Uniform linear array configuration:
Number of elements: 12
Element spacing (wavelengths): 1
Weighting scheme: uniform
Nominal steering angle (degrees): -15
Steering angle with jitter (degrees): -14.885
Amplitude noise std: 0.05
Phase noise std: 0.05

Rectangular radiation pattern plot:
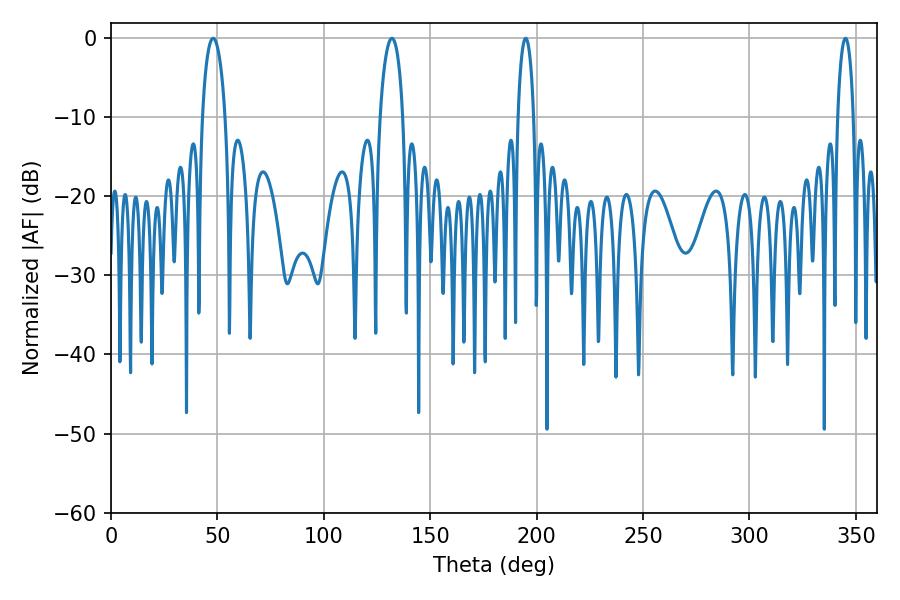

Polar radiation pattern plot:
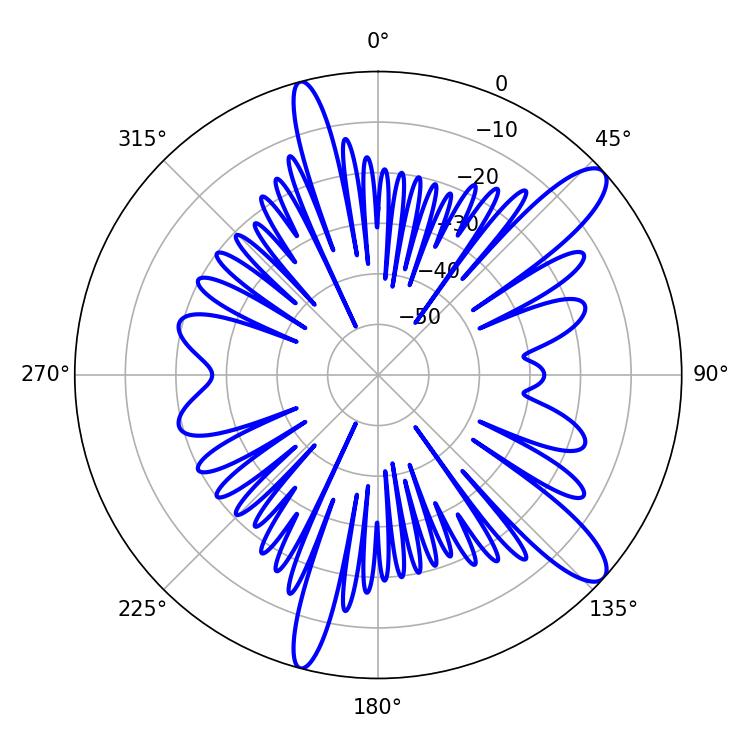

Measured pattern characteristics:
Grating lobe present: TRUE
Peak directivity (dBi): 11.739
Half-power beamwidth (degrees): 6.12
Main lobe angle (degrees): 48.06